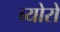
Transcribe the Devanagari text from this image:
ब्योरो